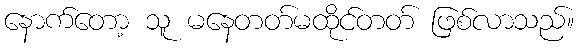
နောက်တော့ သူ မနေတတ်မထိုင်တတ် ဖြစ်လာသည်။